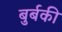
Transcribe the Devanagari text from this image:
बुर्बकी